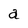
Character: a